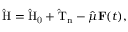
\mathrm { \hat { H } = \hat { H } _ { 0 } + \hat { T } _ { n } } - \boldsymbol { \hat { \mu } } \mathbf { F } ( t ) ,